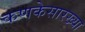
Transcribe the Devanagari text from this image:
कणकेसारख्या